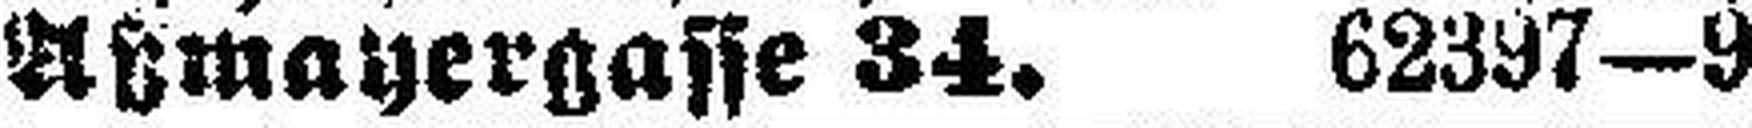
Aßmayergasse 34, 62397—9